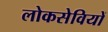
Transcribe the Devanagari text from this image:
लोकसेवियों